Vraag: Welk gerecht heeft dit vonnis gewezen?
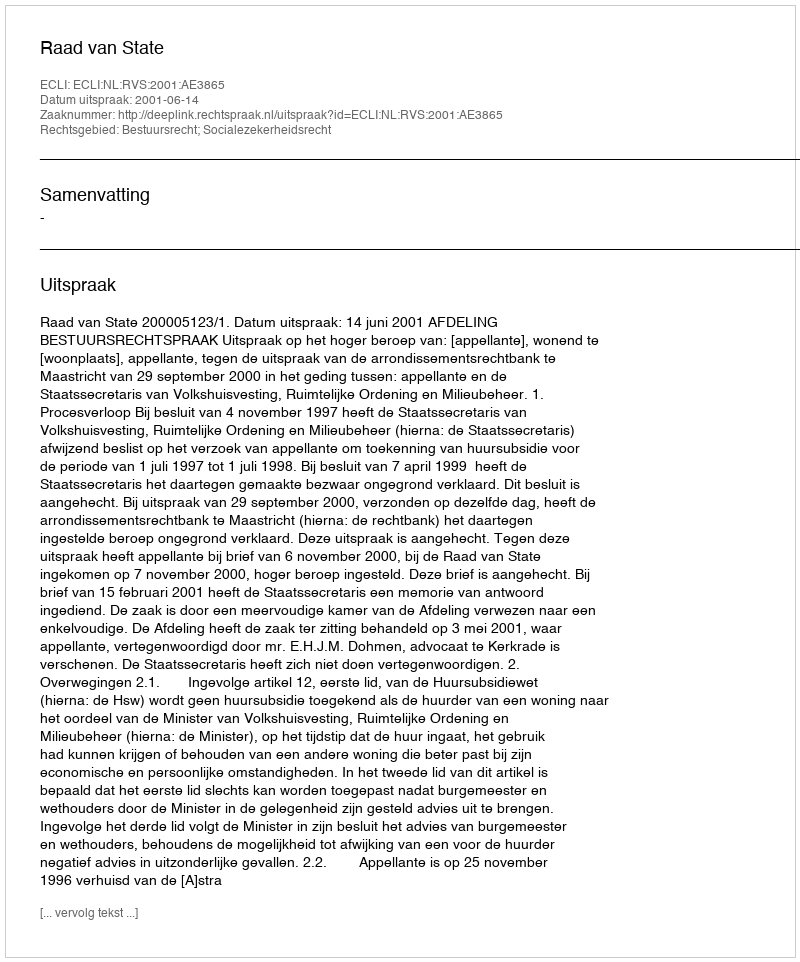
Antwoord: Raad van State